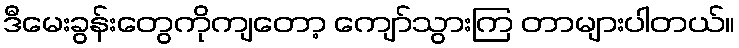
ဒီမေးခွန်းတွေကိုကျတော့ ကျော်သွားကြ တာများပါတယ်။